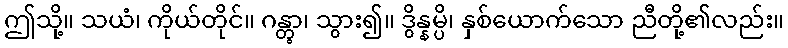
ဤသို့။ သယံ၊ ကိုယ်တိုင်။ ဂန္တွာ၊ သွား၍။ ဒွိန္နမ္ပိ၊ နှစ်ယောက်သော ညီတို့၏လည်း။